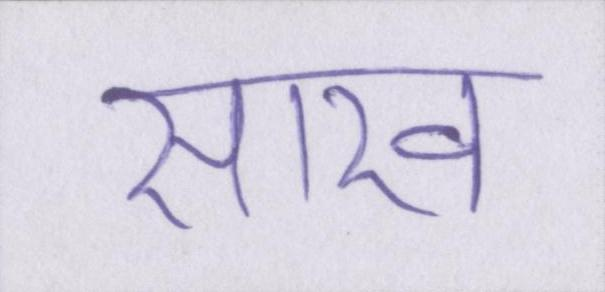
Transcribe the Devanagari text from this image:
साख